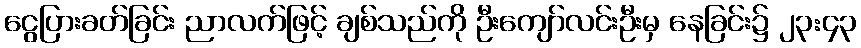
ငွေပြားခတ်ခြင်း ညာလက်ဖြင့် ချစ်သည်ကို ဦးကျော်လင်းဦးမှ နေခြင်း၌ ၂၃:၄၃